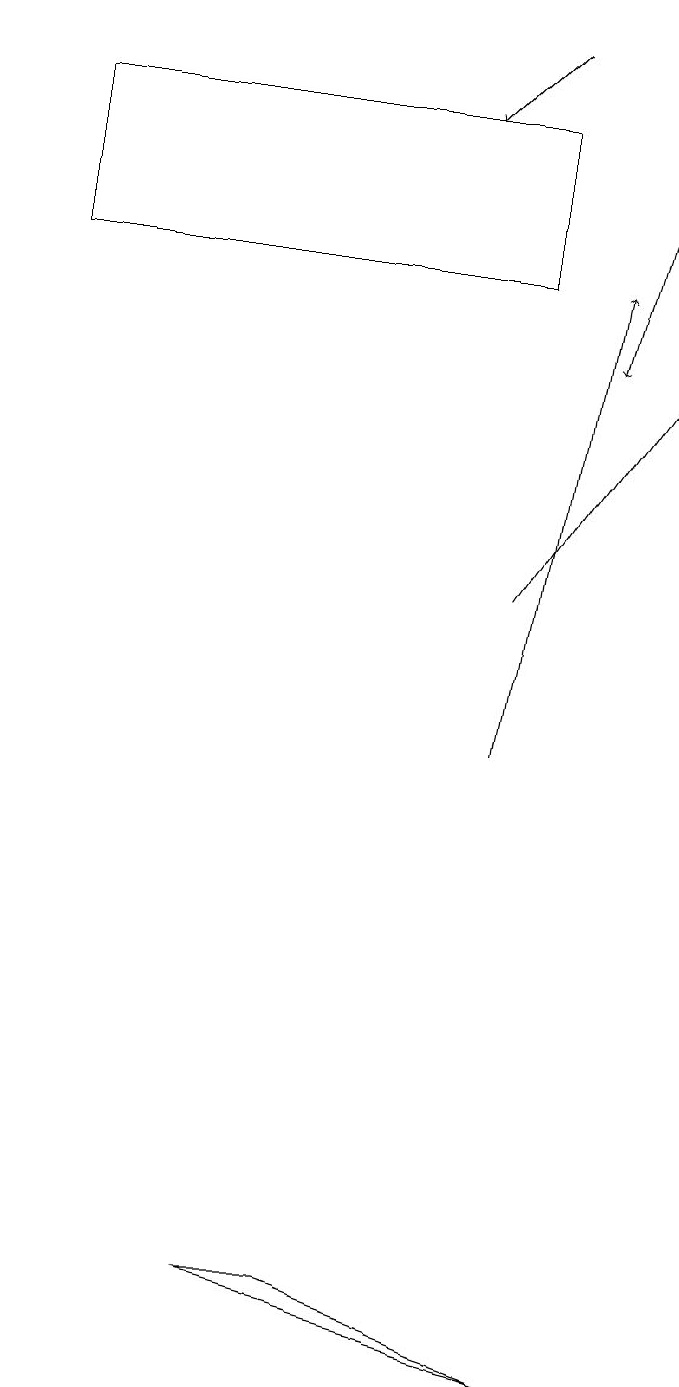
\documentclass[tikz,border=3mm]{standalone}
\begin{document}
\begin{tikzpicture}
\draw[->] (6,10) -- (7,16);
\draw (4,3) -- (3,3) -- (7,2) -- cycle;
\draw (6,18) rectangle (0,16);
\draw[->] (6,19) -- (5,18);
\draw[->] (8,19) -- (7,15);
\draw[->] (6,12) -- (8,15);
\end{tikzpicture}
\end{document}